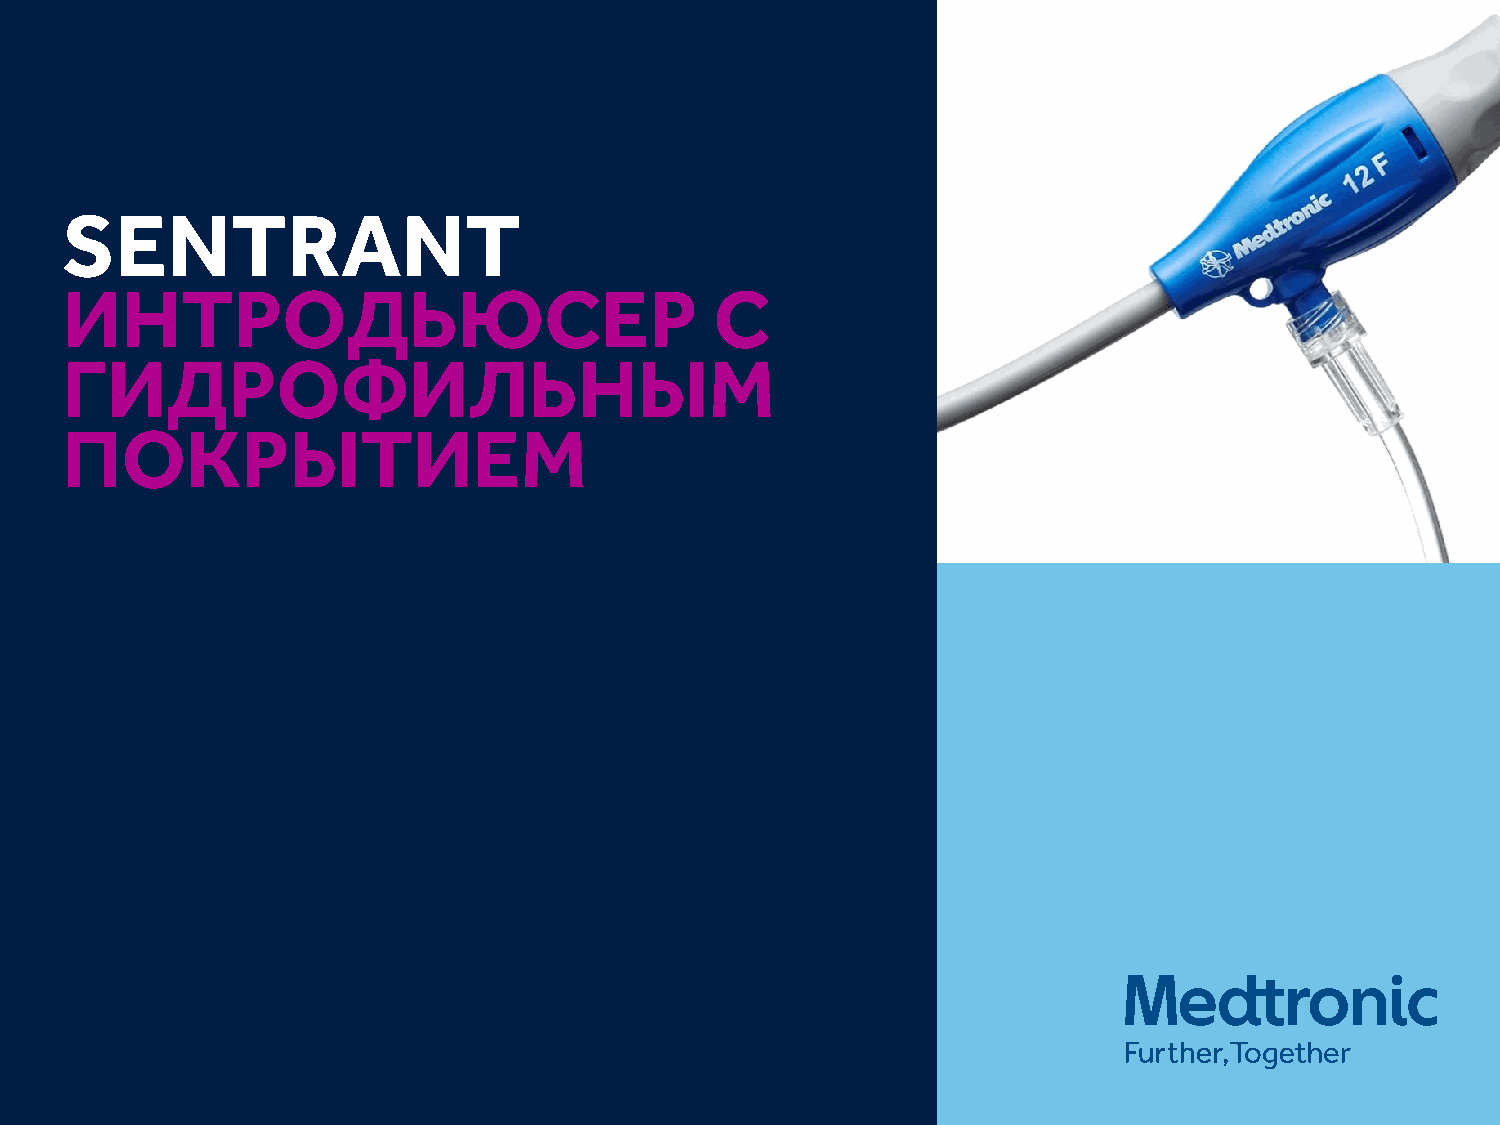
SENTRANT
 ИНТРОДЬЮСЕР                                С
 ГИДРОФИЛЬНЫМ
 ПОКРЫТИЕМ